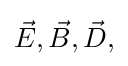
{\textstyle {\vec {E}},{\vec {B}},{\vec {D}},}